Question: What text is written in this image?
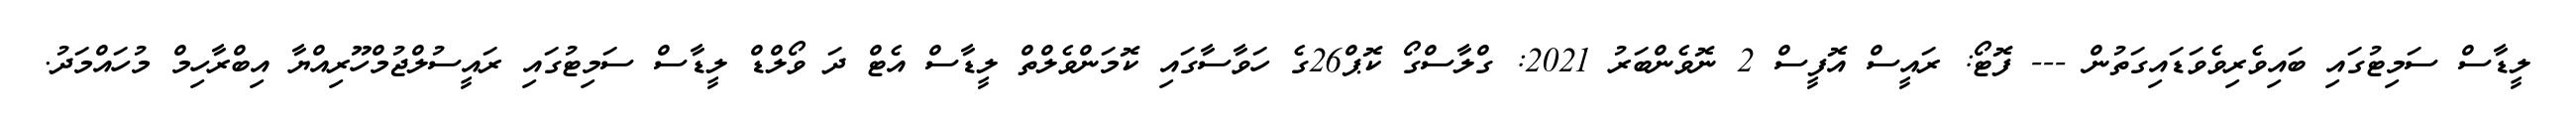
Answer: ލީޑާސް ސަމިޓުގައި ބައިވެރިވެވަޑައިގަތުން --- ފޮޓޯ: ރައީސް އޮފީސް 2 ނޮވެންބަރު 2021: ގްލާސްގޯ ކޮޕް26ގެ ހަވާސާގައި ކޮމަންވެލްތް ލީޑާސް އެޓް ދަ ވޯލްޑް ލީޑާސް ސަމިޓުގައި ރައީސުލްޖުމްހޫރިއްޔާ އިބްރާހިމް މުހައްމަދު.